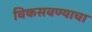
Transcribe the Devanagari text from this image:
विकसवण्याचा